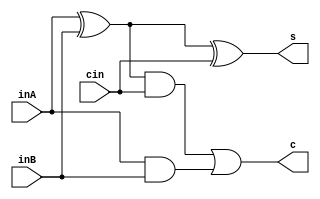
module full_adder (output s , output c , input inA , input inB , input cin);
wire x ,y ,z ;
xor(x,inA,inB);
and(y,inA,inB);
xor(s,x,cin);
and(z,x,cin);
or(c,z,y);
endmodule